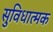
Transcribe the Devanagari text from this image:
सुविधात्मक